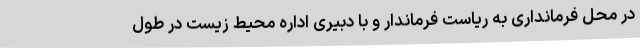
در محل فرمانداری به ریاست فرماندار و با دبیری اداره محیط زیست در طول